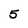
Character: 5